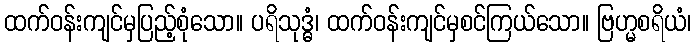
ထက်ဝန်းကျင်မှပြည့်စုံသော။ ပရိသုဒ္ဓံ၊ ထက်ဝန်းကျင်မှစင်ကြယ်သော။ ဗြဟ္မစရိယံ၊